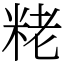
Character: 粩